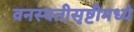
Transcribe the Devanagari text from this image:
वनस्पतीसृष्टीमध्ये